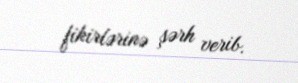
fikirlərinə şərh verib.